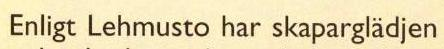
Enligt Lehmusto har skaparglädjen